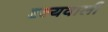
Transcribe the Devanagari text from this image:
दृश्यवाली